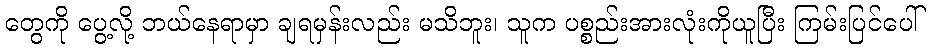
တွေကို ပွေ့လို့ ဘယ်နေရာမှာ ချရမှန်းလည်း မသိဘူး၊ သူက ပစ္စည်းအားလုံးကိုယူပြီး ကြမ်းပြင်ပေါ်